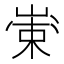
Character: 𱛺